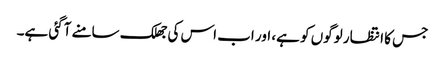
جس کا انتظار لوگوں کو ہے، اور اب اس کی جھلک سامنے آگئی ہے۔